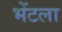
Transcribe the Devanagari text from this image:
भेंटला